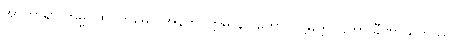
အာကာရာ ကမ္မပထပ္ပတ္တမေဝ အနတိဝတ္တမာနာ ကောလဋ္ဌိမတ္တဂုဠိကာ ခီဏာယုကဿ